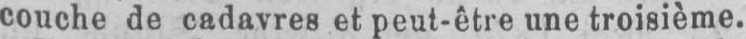
couche de cadavres et peut-être une troisième.